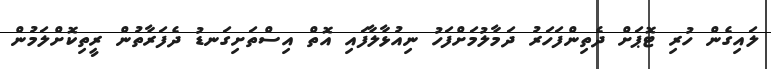
ލައިގެން ހުރި ޓޮޕަށް ދެތިންފަހަރު ދަމާލުމަށްފަހު ނިއުޅާލާފައި އޮތް އިސްތަށިގަނޑު ދެފަރާތުން ރީތިކޮށްލަމުން